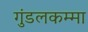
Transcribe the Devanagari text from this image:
गुंडलकम्मा